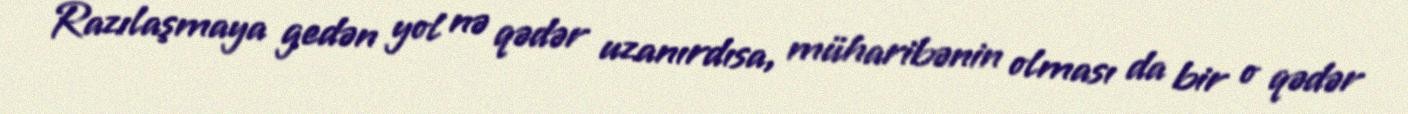
Razılaşmaya gedən yol nə qədər uzanırdısa, müharibənin olması da bir o qədər